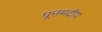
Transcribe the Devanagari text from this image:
पूनमदीप